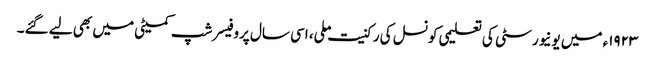
١٩٢٣ء میں یونیورسٹی کی تعلیمی کونسل کی رکنیت ملی، اسی سال پروفیسر شپ کمیٹی میں بھی لیے گئے۔